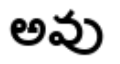
అవు